Report on the bubonic plague in Bombay, 1896-1897
Year: 1896
Disease focus: Plague
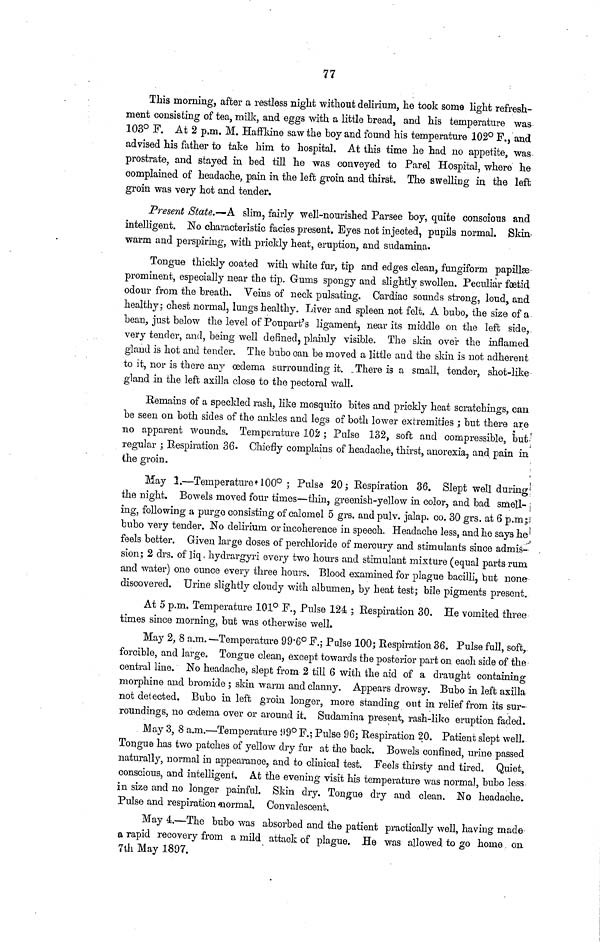
77
This morning, after a restless night without delirium, he took some light refresh-
ment consisting of tea, milk, and eggs with a little bread, and his temperature was
103° F. At 2 p.m. M. Haffkine saw the hoy and found his temperature 102° F., and
advised his father to take him to hospital. At this time he had no appetite, was
prostrate, and stayed in bed till he was conveyed to Parel Hospital, where he
complained of headache, pain in the left groin and thirst. The swelling in the left
groin was very hot and tender.
Present State.—A slim, fairly well-nourished Parsee boy, quite conscious and
intelligent. No characteristic facies present. Eyes not injected, pupils normal. Skin
warm and perspiring, with prickly heat, eruption, and sudamina.
Tongue thickly coated with white fur, tip and edges clean, fungiform papillæ
prominent, especially near the tip. Gums spongy and slightly swollen. Peculiar foetid
odour from the breath. Veins of neck pulsating. Cardiac sounds strong, loud, and
healthy; chest normal, lungs healthy. Liver and spleen not felt. A bubo, the size of a
bean, just below the level of Poupart's ligament, near its middle on the left side,
very tender, and, being well defined, plainly visible. The skin over the inflamed
gland is hot and tender. The bubo can be moved a little and the skin is not adherent
to it, nor is there any oedema surrounding it. There is a small, tender, shot-like
gland in the left axilla close to the pectoral wall.
Remains of a speckled rash, like mosquito bites and prickly heat scratchings, can
be seen on both sides of the ankles and legs of both lower extremities ; but there are
no apparent wounds. Temperature 102 ; Pulse 132, soft and compressible, but
regular ; Respiration 36. Chiefly complains of headache, thirst, anorexia, and pain in
the groin.
May 1.—Temperature 100° ; Pulse 20; Respiration 36. Slept well during
the night. Bowels moved four times—thin, greenish-yellow in color, and bad smell-
ing, following a purgo consisting of calomel 5 grs. and pulv. jalap, co. 30 grs. at 6 p.m;
bubo very tender. No delirium or incoherence in speech. Headache less, and he says he
feels better. Given large doses of perchloride of mercury and stimulants since admis-
sion; 2 drs. of liq. hydrargyri every two hours and stimulant mixture (equal parts rum
and water) one ounce every three hours. Blood examined for plague bacilli, but none
discovered. Urine slightly cloudy with albumen, by heat test; bile pigments present
At 5 p.m. Temperature 101° F., Pulse 124 ; Respiration 30. He vomited three
times since morning, but was otherwise well.
May 2, 8 a.m.—Temperature 99.6° F.; Pulse 100; Respiration 36. Pulse full, soft,
forcible, and large. Tongue clean, except towards the posterior part on each side of the
central line. No headache, slept from 2 till 6 with the aid of a draught containing
morphine and bromide ; skin warm and clanny. Appears drowsy. Bubo in left axilla
not detected. Bubo in left groin longer, more standing out in relief from its sur-
roundings, no œdema over or around it. Sudamina present, rash-like eruption faded.
May 3, 8 a.m.—Temperature 99° F.; Pulse 96; Respiration 20. Patient slept well.
Tongue has two patches of yellow dry fur at the back. Bowels confined, urine passed
naturally, normal in appearance, and to clinical test. Feels thirsty and tired. Quiet,
conscious, and intelligent. At the evening visit his temperature was norma], bubo less
in size and no longer painful. Skin dry. Tongue dry and clean. No headache.
Pulse and respiration normal. Convalescent.
May 4.—The bubo was absorbed and the patient practically well, having made
α rapid recovery from a mild attack of plague. He was allowed to go home on.
7th May 1897.